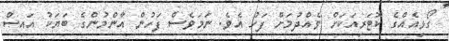
ގޯޅިއެއްގެ ކޮޓަރިއަކަށް ވެއްދުމަށް ފަހު އެވެ. ނަމަވެސް ފަހުން އާންމުންގެ ބަޔަކު އައިސް